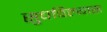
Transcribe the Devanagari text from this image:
सुचविल्यास